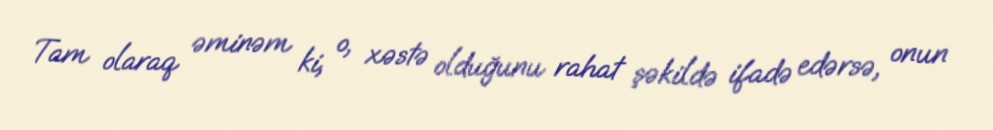
Tam olaraq əminəm ki, o, xəstə olduğunu rahat şəkildə ifadə edərsə, onun